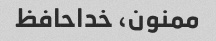
ممنون، خداحافظ